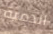
الدمية